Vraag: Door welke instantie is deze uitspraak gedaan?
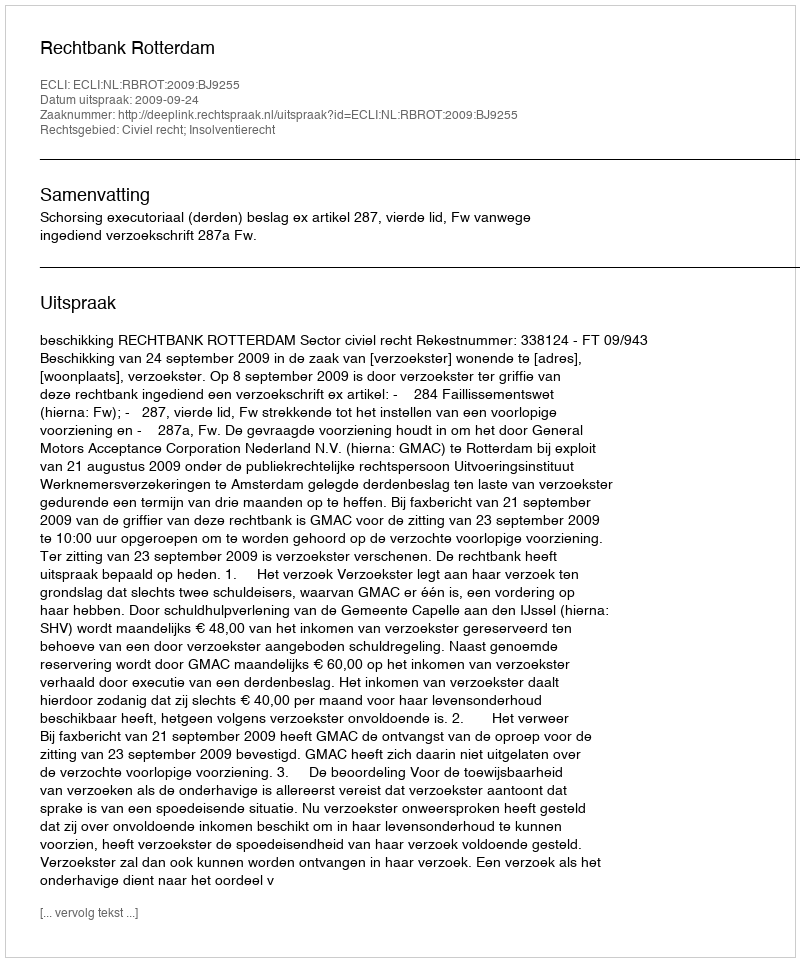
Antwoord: Rechtbank Rotterdam